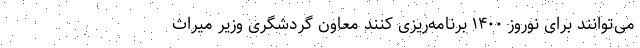
می‌توانند برای نوروز ۱۴۰۰ برنامه‌ریزی کنند معاون گردشگری وزیر میراث